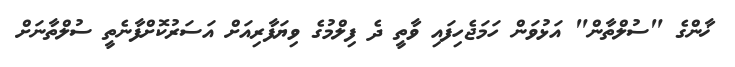
ޚާންގެ "ސުލްތާން" އަޅުވަން ހަމަޖެހިފައި ވާތީ ދެ ފިލްމުގެ ވިޔަފާރިއަށް އަސަރުކޮށްފާނެތީ ސުލްތާނަށް